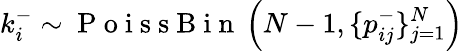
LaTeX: k_{i}^{-}\sim\mathrm{~P~o~i~s~s~B~i~n~}\left(N-1,\{ p_{ij}^{-}\} _{j=1}^{N}\right)